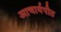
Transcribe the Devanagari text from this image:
अाचार्यपीठ